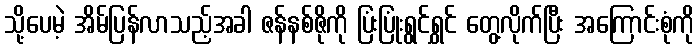
သို့ပေမဲ့ အိမ်ပြန်လာသည့်အခါ ဇန်နစ်ဇိုကို ပြံးပြုံးရွင်ရွှင် တွေ့လိုက်ပြီး အကြောင်းစုံကို